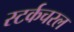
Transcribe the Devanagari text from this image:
स्टर्कचरल